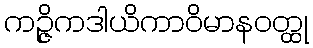
ကဉ္ဇိကဒါယိကာဝိမာနဝတ္ထု